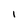
Character: I